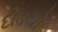
દોડયો